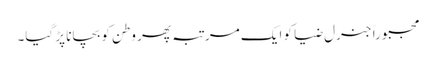
مجبوراً جنرل ضیا کو ایک مرتبہ پھر وطن کو بچانا پڑ گیا۔